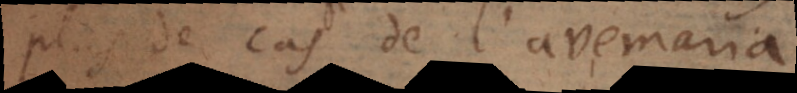
plus de cas de l’avemaria